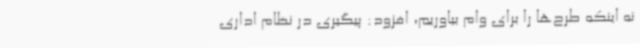
نه اینکه طرح‌ها را برای وام بیاوریم، افزود: پیگیری در نظام اداری